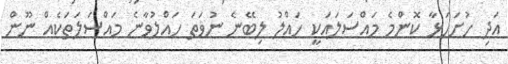
އަދި ހުށަހަޅާ ކޮންމެ މައްސަލައަކީ ހައްލު ލިބޭނެ ނުވަތަ ހައްލުވާނެ މައްސަލަތަކެއް ނޫން